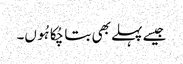
جیسے پہلے بھی بتا چُکا ہُوں۔